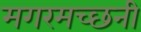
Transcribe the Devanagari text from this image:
मगरमच्छनी